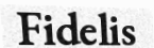
Fidelis